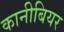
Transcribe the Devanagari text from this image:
कानीबियर